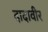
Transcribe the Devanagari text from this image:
दादावीर